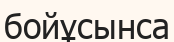
бойұсынса